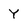
Character: Y